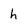
Character: h